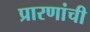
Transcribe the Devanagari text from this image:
प्रारणांची